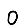
Digit: 0